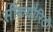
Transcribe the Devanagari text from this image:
सीकयौरिटी